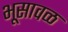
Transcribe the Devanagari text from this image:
भूसावळ